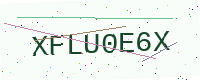
Text: XFLU0E6X